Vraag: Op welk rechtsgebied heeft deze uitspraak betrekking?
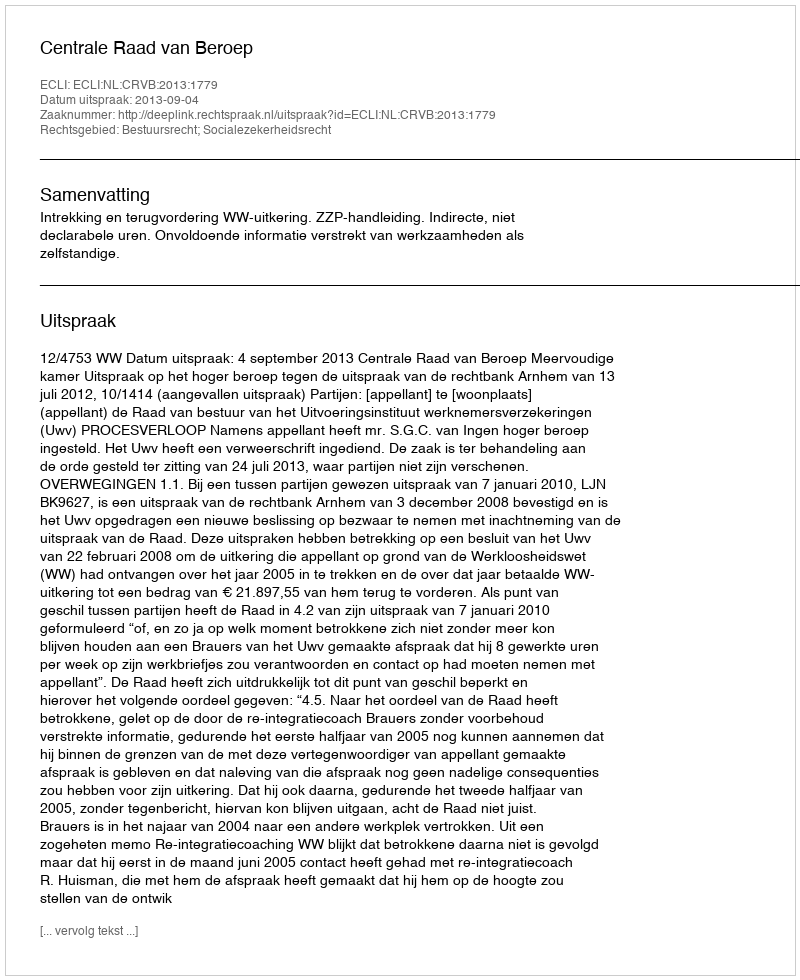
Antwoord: Bestuursrecht; Socialezekerheidsrecht